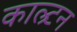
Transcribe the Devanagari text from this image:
काल्र्टन